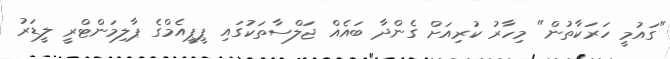
"ގައުމީ ހަރަކާތުން" މިހާރު ކުރިއަށް ގެންދާ ބައެއް ޖަލްސާތަކުގައި ޕީޕީއެމްގެ ޕާލިމަންޓްރީ ލީޑަރު